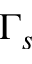
\Gamma _ { s }